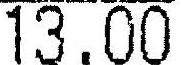
13.00